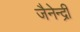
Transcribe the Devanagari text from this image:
जैनेन्द्री